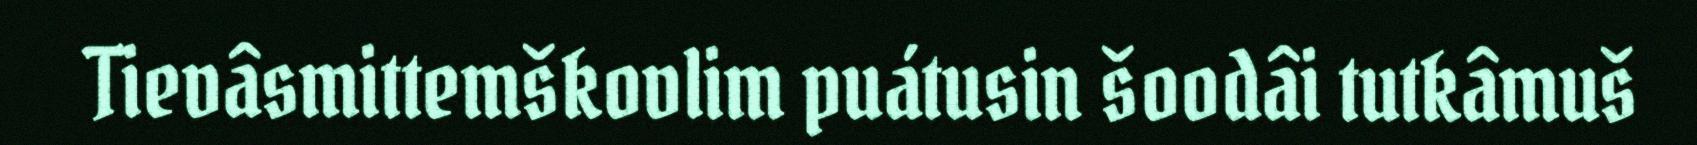
Tievâsmittemškovlim puátusin šoodâi tutkâmuš